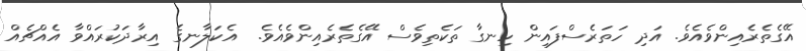
އޭގެތެރެއިންވެއެވެ. އަދި ހަތަރެސްފައިން ހިނގާ ތަކެތިވެސް އޭގެތެރެއިންވެއެވެ.  އެކަލާނގެ އިރާދަކުރައްވާ އެއްޗެއް